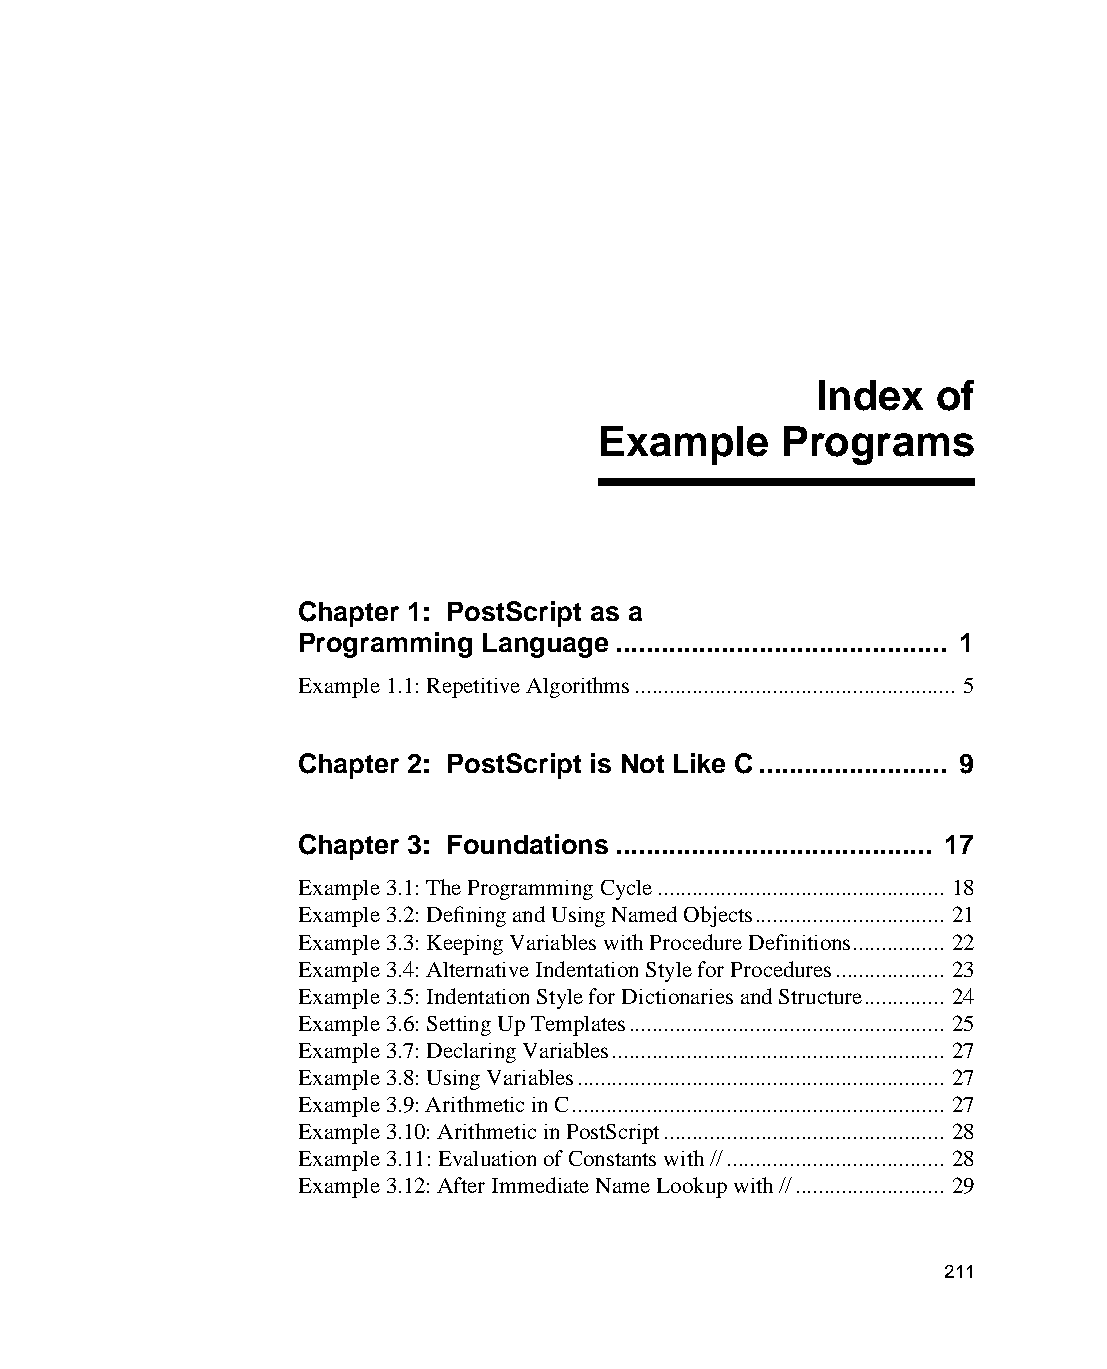
Index   of
 Example     Programs
 Chapter 1: PostScript as a
 Programming  Language ............................................ 1
 Example 1.1: Repetitive Algorithms........................................................ 5
 Chapter 2: PostScript is Not Like C......................... 9
 Chapter 3: Foundations .......................................... 17
 Example 3.1: The Programming Cycle.................................................. 18
 Example 3.2: Defining and Using Named Objects................................. 21
 Example 3.3: Keeping Variables with Procedure Definitions................ 22
 Example 3.4: Alternative Indentation Style for Procedures................... 23
 Example 3.5: Indentation Style for Dictionaries and Structure.............. 24
 Example 3.6: Setting Up Templates....................................................... 25
 Example 3.7: Declaring Variables.......................................................... 27
 Example 3.8: Using Variables................................................................ 27
 Example 3.9: Arithmetic in C................................................................. 27
 Example 3.10: Arithmetic in PostScript................................................. 28
 Example 3.11: Evaluation of Constants with //...................................... 28
 Example 3.12: After Immediate Name Lookup with //.......................... 29
 211